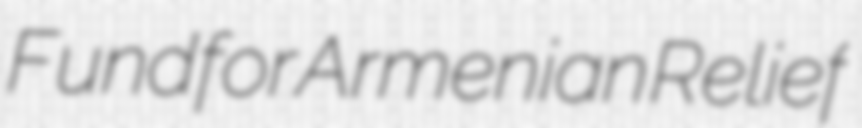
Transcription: Fund for Armenian Relief